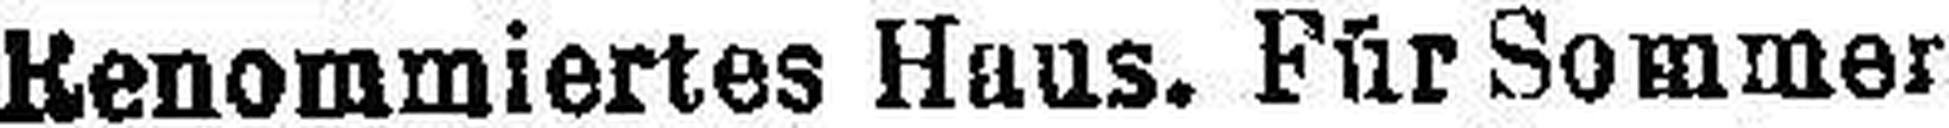
Renommiertes Haus. Für Sommer